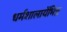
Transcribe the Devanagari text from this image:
धर्मशालायेंभिन्न